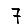
Digit: 7